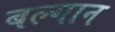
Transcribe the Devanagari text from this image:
बल्गान